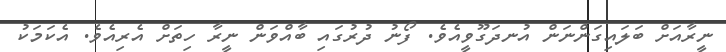
ނީރާއަށް ބަލައިގަންނަން އުނދަގޫވީއެވެ. ފޯނު ދުރުގައި ބާއްވަން ނީރާ ހިތަށް އެރިއެވެ. އެކަމަކު